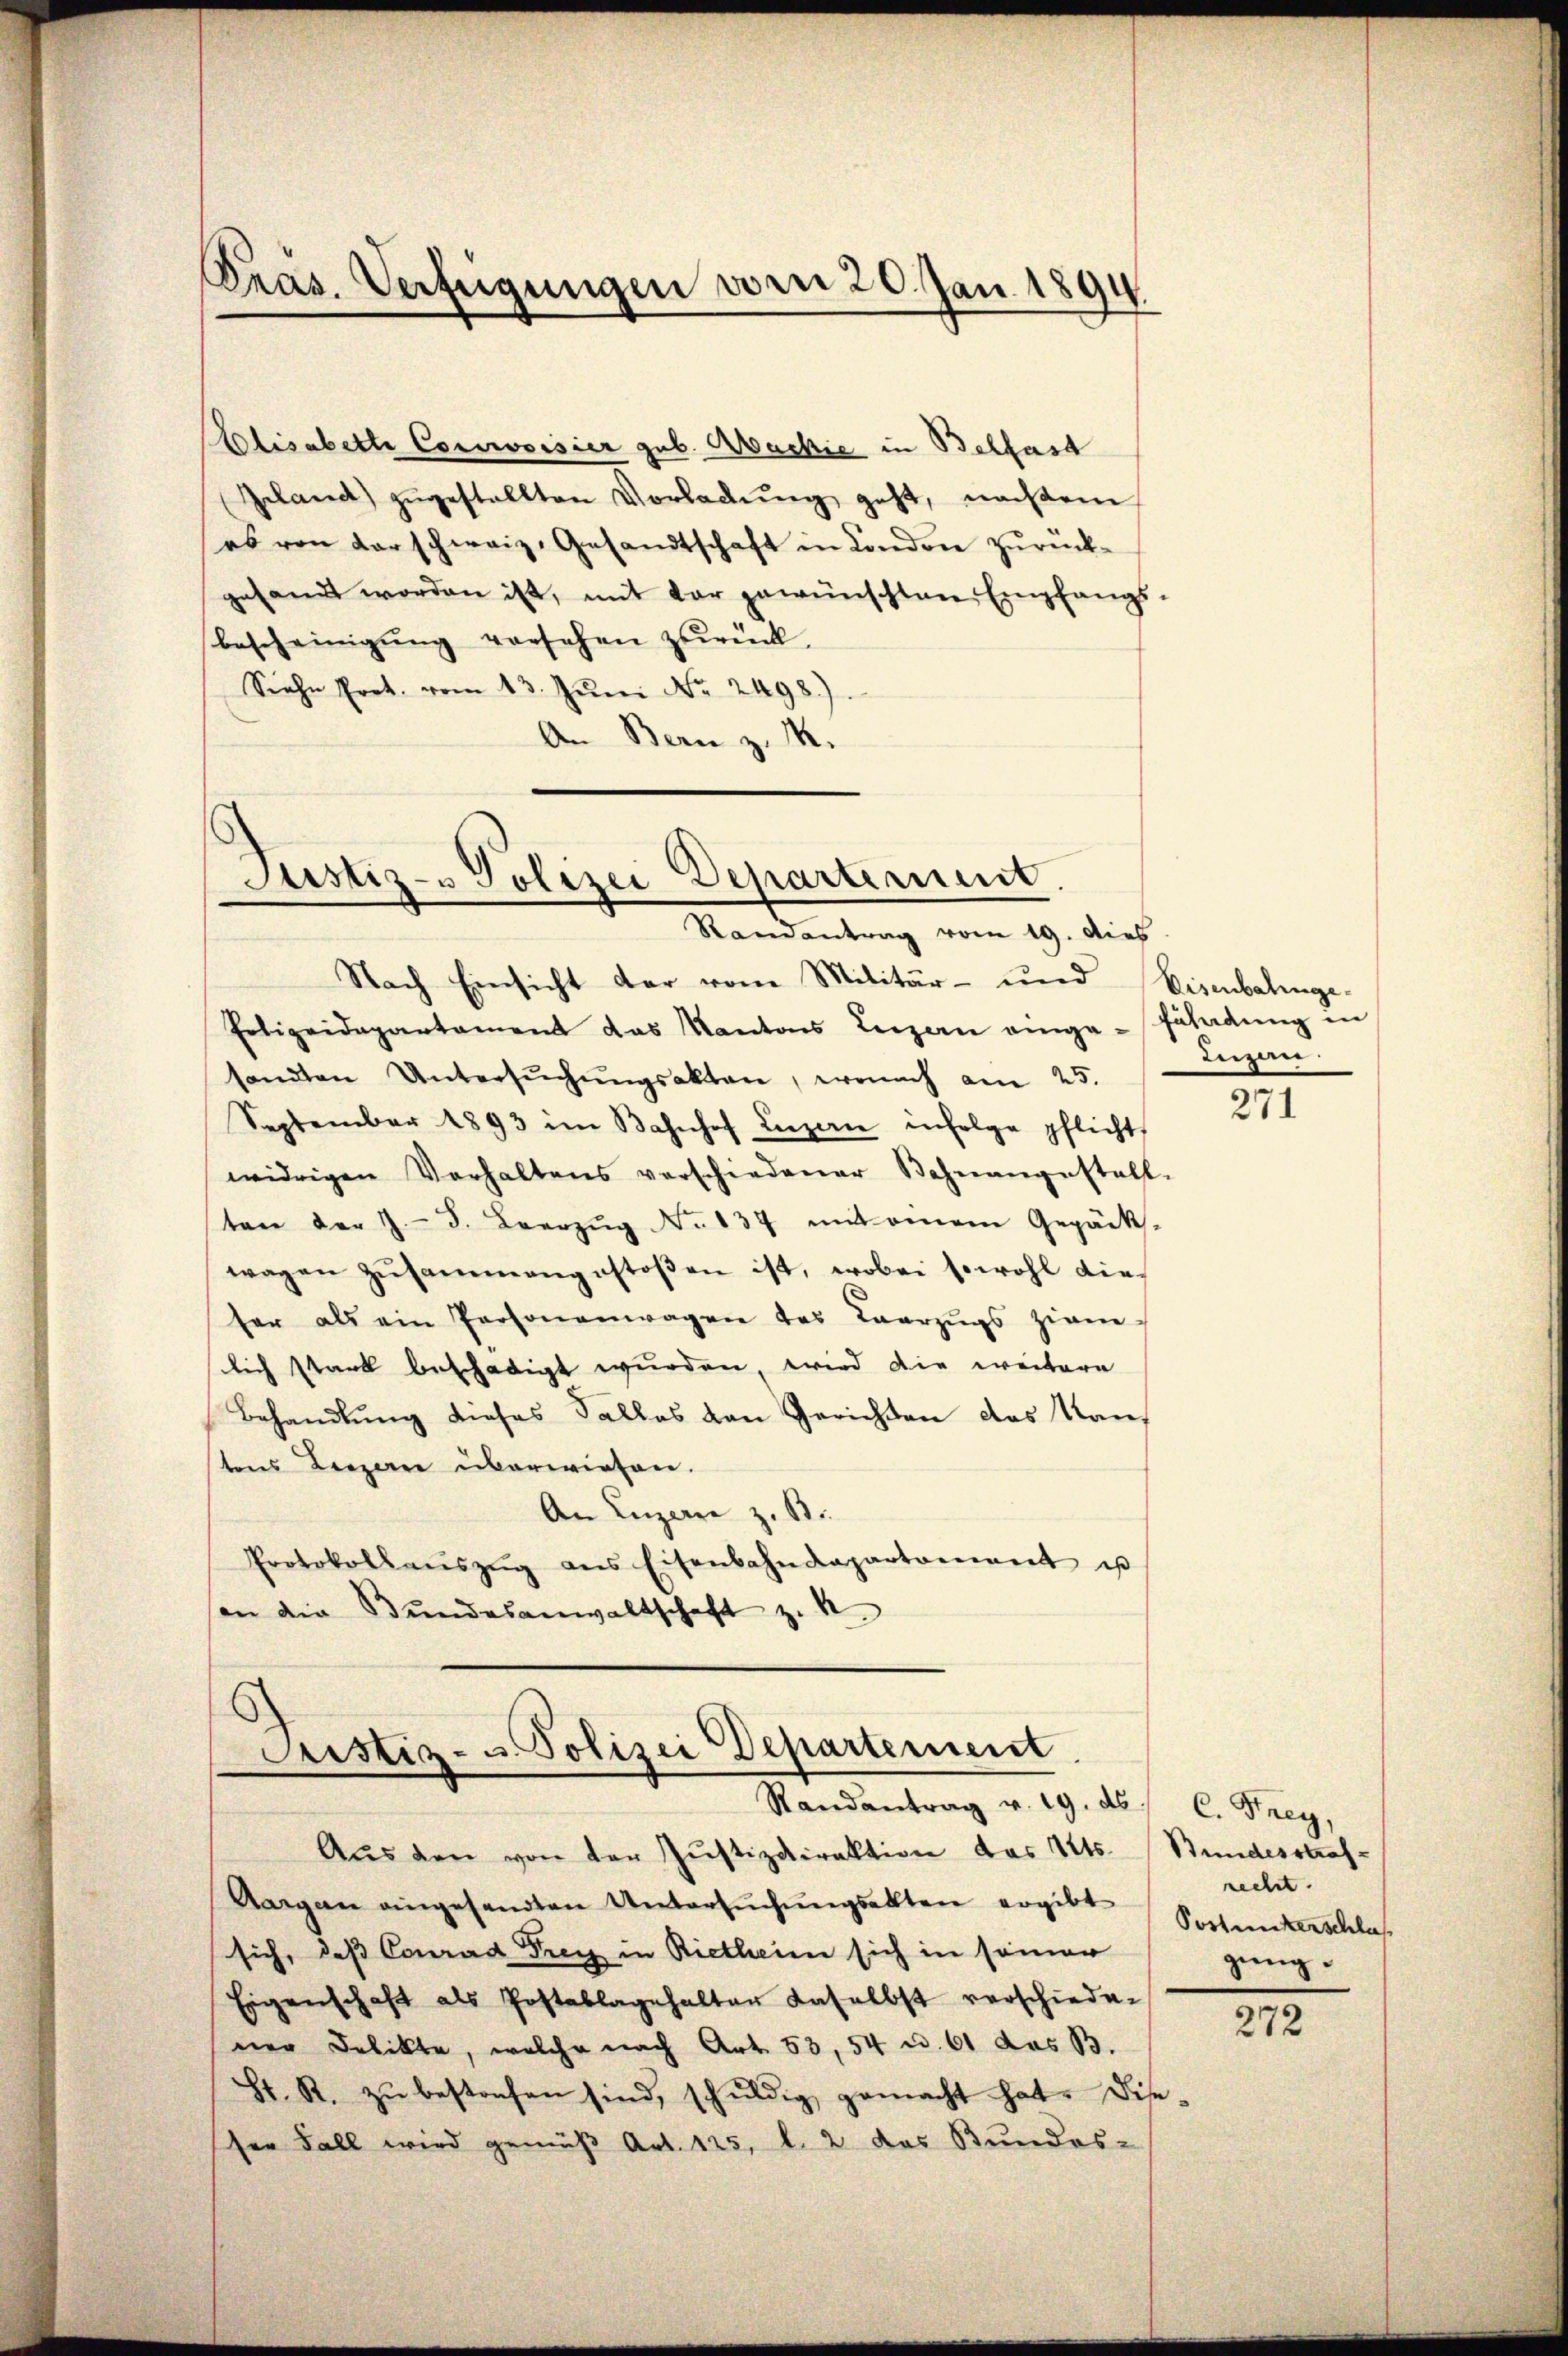
Pras. Verfügungen vom 20. Jan. 1894.

Elisabette Corroisier sub. Backie in Belfast
Geland) zŭgestellten Vorladŭng geht, nachdem
es von darschweiz, Gesandtschaft in London zurück-
gesandt worden ist, mit der gewünschten Empfangs-
bescheinigŭng versehen zurück.
Siehe Prot. vom 13. Jŭni Nr. 2498).
An Bern z. M.

Justiz- u Polizei Departement.
Randantrag vom 19. dies

Nach Einsicht der vom Militär- und Eisenbalinge-
Erlizeidepartament das Kantons Luzern einge-Züladung in
sandten Untersŭchŭngsakten, wonach am 25.
September 1893 im Bahnhof Luzern infolge pflicht
widrigen Verhaltens verschiedener Bahnangestall-
ten der J. J. Leerzŭg No 837 mit einem Gepäcks-
wagen Zŭsammengestoβen ist, wobei sowohl die
her als ein Personenwagen des Vorzugs ziem
lich stark beschädigt wurden wird die weitere
Behandlŭng dieses Falles von Gerichten das Kantens Leezen überwiesen.
An Luzerne z. B.
Protokollaŭszŭg ans Eisenbahndepartament u
son die Bŭndesanwaltschaft zu k

Justiz- u. Polizei Departement
Randantrag v. 19. ds. C. Frey,

Inzen.

Aŭs den von der Justizdirektion des Kts. Stundesstraf-
Aargern eingesandten Untersŭchŭngsabten ergibt Petenterschlas
sich, daß Conrad Frey in Rietheien sich in seiner
Eigenschaft als Postablagehalten daselbst verschiedener Delikte, welche nach Art. 53, 54 u. 61 das B.
St. R. zŭ bestrafen sind, schŭldig gemacht hat. Die-
ser Fall wird gemäß Art. 125, l. 2 das Bundes-

271

recht.
gung.

272